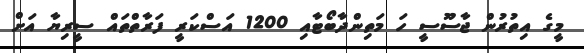
މީގެ އިތުރުން ޖާސޫސީ ހަ މަތިންދާބޯޓާއި 1200 އަސްކަރީ ފަރާތްތައް ސީރިޔާ އަށް